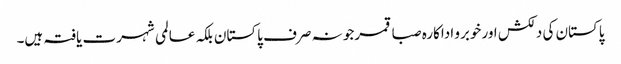
پاکستان کی دلکش اور خوبرو اداکارہ صبا قمرجو نہ صرف پاکستان بلکہ عالمی شہرت یافتہ ہیں۔